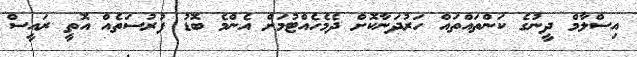
އިސްލާމް ދީނުގެ ކަންތައްތައް ހަރުދަނާކޮށް ދެމެހެއްޓުމަށް އެންމެ ބޮޑު ފުުރުސަތެއް އޮތީ ރައީސް